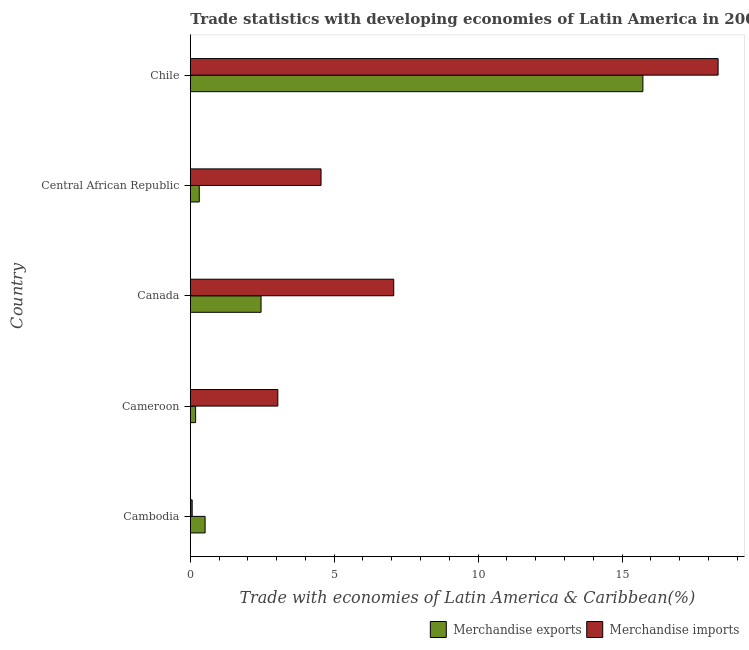
| Country | Merchandise exports | Merchandise imports |
 | --- | --- | --- |
 | Cambodia | 0.515 | 0.065 |
 | Cameroon | 0.185 | 3.04 |
 | Canada | 2.46 | 7.07 |
 | Central African Republic | 0.312 | 4.54 |
 | Chile | 15.7 | 18.3 |